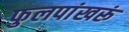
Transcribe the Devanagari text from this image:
फुलपांखरूं